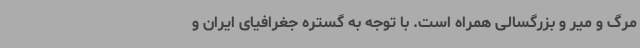
مرگ و میر و بزرگسالی همراه است. با توجه به گستره جغرافیای ایران و